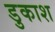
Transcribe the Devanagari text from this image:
डुकाश